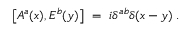
\left[ A ^ { a } ( x ) , E ^ { b } ( y ) \right] ~ = ~ i \delta ^ { a b } \delta ( x - y ) \; .